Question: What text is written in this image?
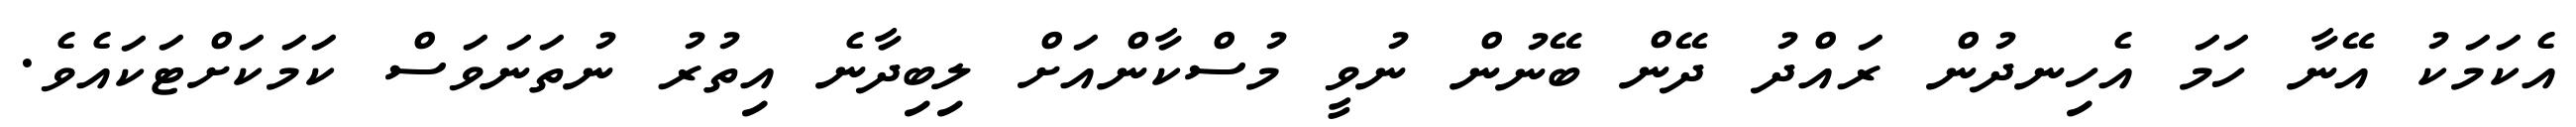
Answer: އެކަމަކު އޭނާ ހަމަ އެހިނދުން ރައްދު ދޭން ބޭނުން ނުވީ މުސްކާންއަށް ލިބިދާނެ އިތުރު ނުތަނަވަސް ކަމަކަށްޓަކައެވެ.